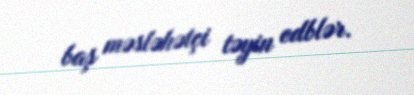
baş məsləhətçi təyin edblər.